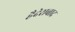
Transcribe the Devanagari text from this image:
हैदेराबाद